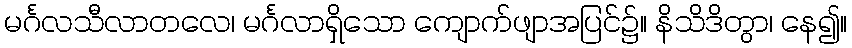
မင်္ဂလသီလာတလေ၊ မင်္ဂလာရှိသော ကျောက်ဖျာအပြင်၌။ နိသိဒိတွာ၊ နေ၍။